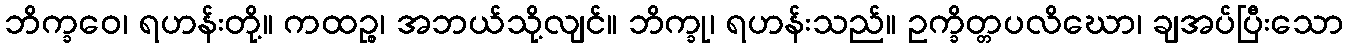
ဘိက္ခဝေ၊ ရဟန်းတို့။ ကထဉ္စ၊ အဘယ်သို့လျင်။ ဘိက္ခု၊ ရဟန်းသည်။ ဥက္ခိတ္တပလိဃော၊ ချအပ်ပြီးသော